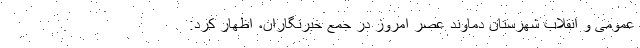
عمومی و انقلاب شهرستان دماوند عصر امروز در جمع خبرنگاران، اظهار کرد: